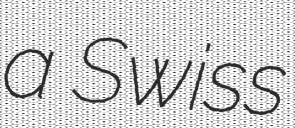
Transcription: a Swiss